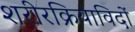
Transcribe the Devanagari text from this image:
शरीरक्रियाविदों